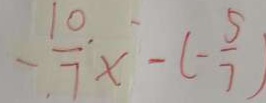
- \frac { 1 0 } { 7 } x - ( - \frac { 5 } { 7 } )